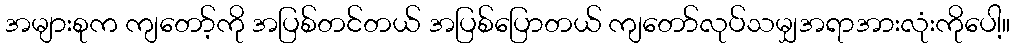
အများစုက ကျတော့်ကို အပြစ်တင်တယ် အပြစ်ပြောတယ် ကျတော်လုပ်သမျှအရာအားလုံးကိုပေါ့။